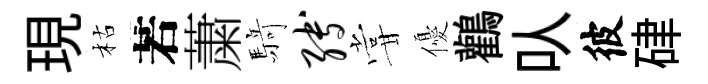
現枯若䔥𮪍缚甞優鸛㕥彼硉